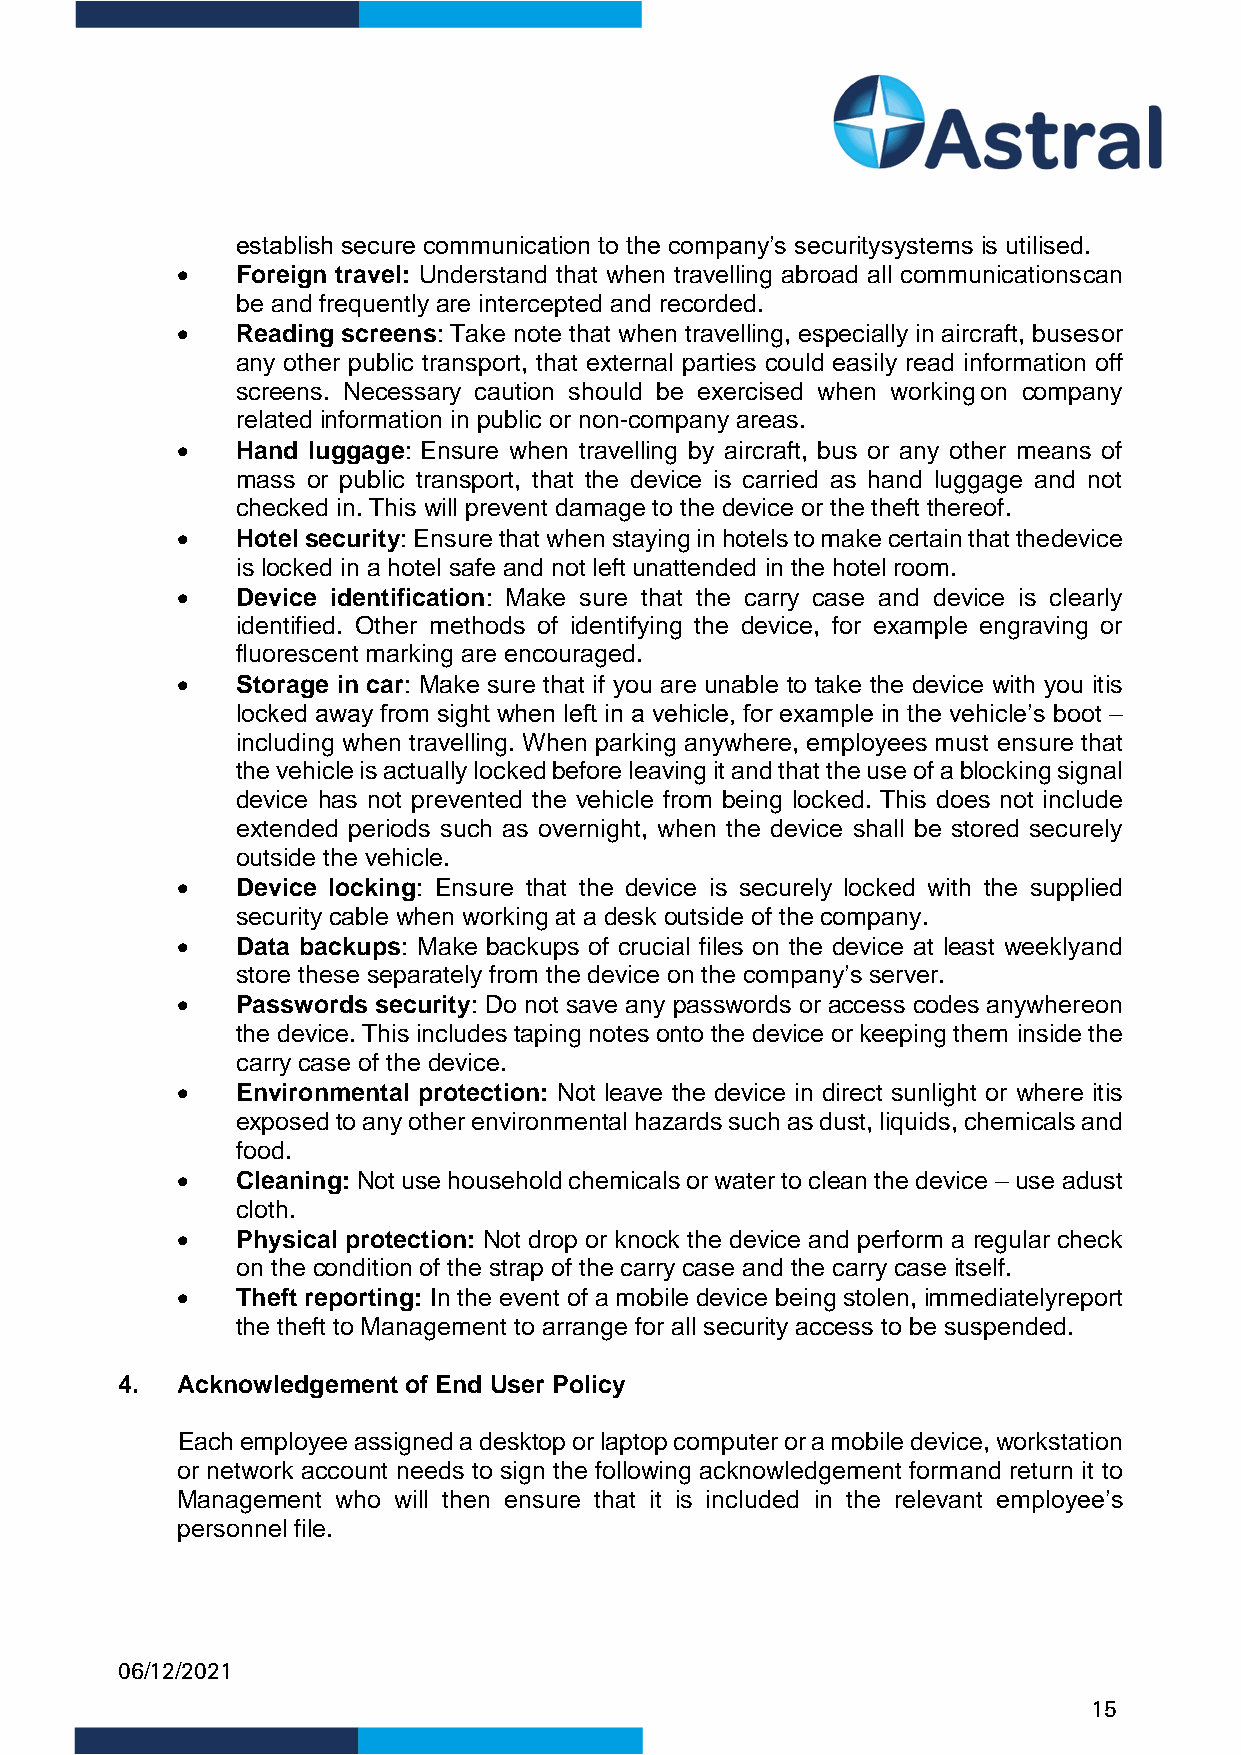
establish secure communication to the company’s security systems is utilised.
 •   Foreign travel: Understand that when travelling abroad all communications can
 be and frequently are intercepted and recorded.
 •   Reading screens: Take note that when travelling, especially in aircraft, buses or
 any other public transport, that external parties could easily read information off
 screens. Necessary caution should be exercised when working on company
 related information in public or non-company areas.
 •   Hand luggage: Ensure when travelling by aircraft, bus or any other means of
 mass or public transport, that the device is carried as hand luggage and not
 checked in. This will prevent damage to the device or the theft thereof.
 •   Hotel security: Ensure that when staying in hotels to make certain that the device
 is locked in a hotel safe and not left unattended in the hotel room.
 •   Device identification: Make sure that the carry case and device is clearly
 identified. Other methods of identifying the device, for example engraving or
 fluorescent marking are encouraged.
 •   Storage in car: Make sure that if you are unable to take the device with you it is
 locked away from sight when left in a vehicle, for example in the vehicle’s boot –
 including when travelling. When parking anywhere, employees must ensure that
 the vehicle is actually locked before leaving it and that the use of a blocking signal
 device has not prevented the vehicle from being locked. This does not include
 extended periods such as overnight, when the device shall be stored securely
 outside the vehicle.
 •   Device locking: Ensure that the device is securely locked with the supplied
 security cable when working at a desk outside of the company.
 •   Data backups: Make backups of crucial files on the device at least weekly and
 store these separately from the device on the company’s server.
 •   Passwords security: Do not save any passwords or access codes anywhere on
 the device. This includes taping notes onto the device or keeping them inside the
 carry case of the device.
 •   Environmental protection: Not leave the device in direct sunlight or where it is
 exposed to any other environmental hazards such as dust, liquids, chemicals and
 food.
 •   Cleaning: Not use household chemicals or water to clean the device – use a dust
 cloth.
 •   Physical protection: Not drop or knock the device and perform a regular check
 on the condition of the strap of the carry case and the carry case itself.
 •   Theft reporting: In the event of a mobile device being stolen, immediately report
 the theft to Management to arrange for all security access to be suspended.
 4.  Acknowledgement of End User Policy
 Each employee assigned a desktop or laptop computer or a mobile device, workstation
 or network account needs to sign the following acknowledgement form and return it to
 Management who will then ensure that it is included in the relevant employee’s
 personnel file.
 06/12/2021
 15